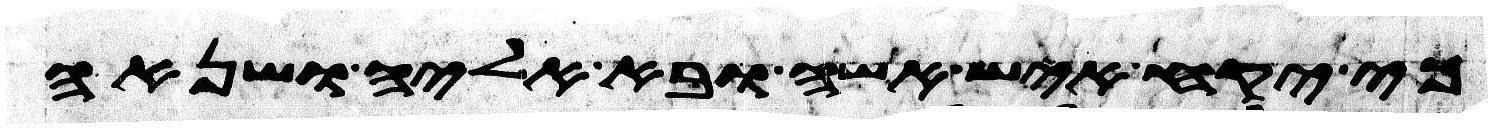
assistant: כי יקח איש אשה ובא אליה ושנאה